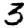
Digit: 3